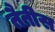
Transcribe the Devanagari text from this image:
तैतीस